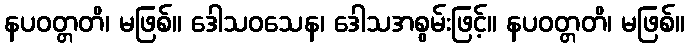
နပဝတ္တတိ၊ မဖြစ်။ ဒေါသဝသေန၊ ဒေါသအစွမ်းဖြင့်။ နပဝတ္တတိ၊ မဖြစ်။